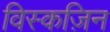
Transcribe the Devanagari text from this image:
विस्कज़िन